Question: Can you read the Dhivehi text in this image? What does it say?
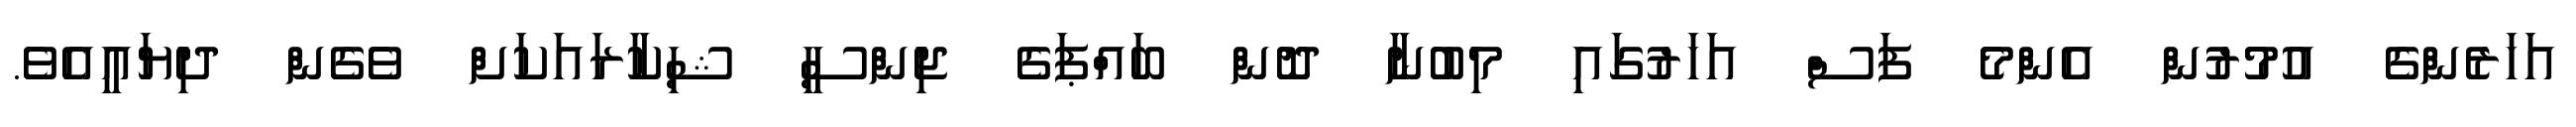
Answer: އަހަރެންގެ އުމުރުން އެންމެ ފަސް އަހަރުގައި މިބުނާ ދޮން ބައްޕަގެ ޖިންސީ ޝިކާރައަކަށް ވެގެން ދިޔައީއެވެ.